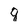
Character: g